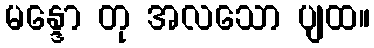
မန္ဒော တု အလသော ပျထ။